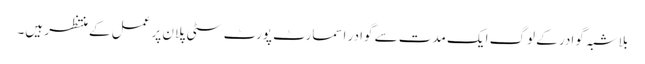
بلاشبہ گوادر کے لوگ ایک مدت سے گوادر اسمارٹ پورٹ سٹی پلان پر عمل کے منتظر ہیں۔